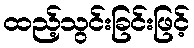
ထည့်သွင်းခြင်းဖြင့်